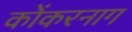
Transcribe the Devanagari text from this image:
कोंकरनाग